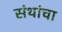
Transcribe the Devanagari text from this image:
संथांचा